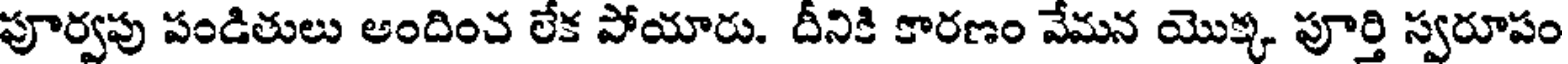
పూర్వపు పండితులు అందించ లేక పోయారు. దీనికి కారణం వేమన యొక్క పూర్తి స్వరూపం